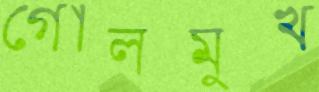
গোলমুখ